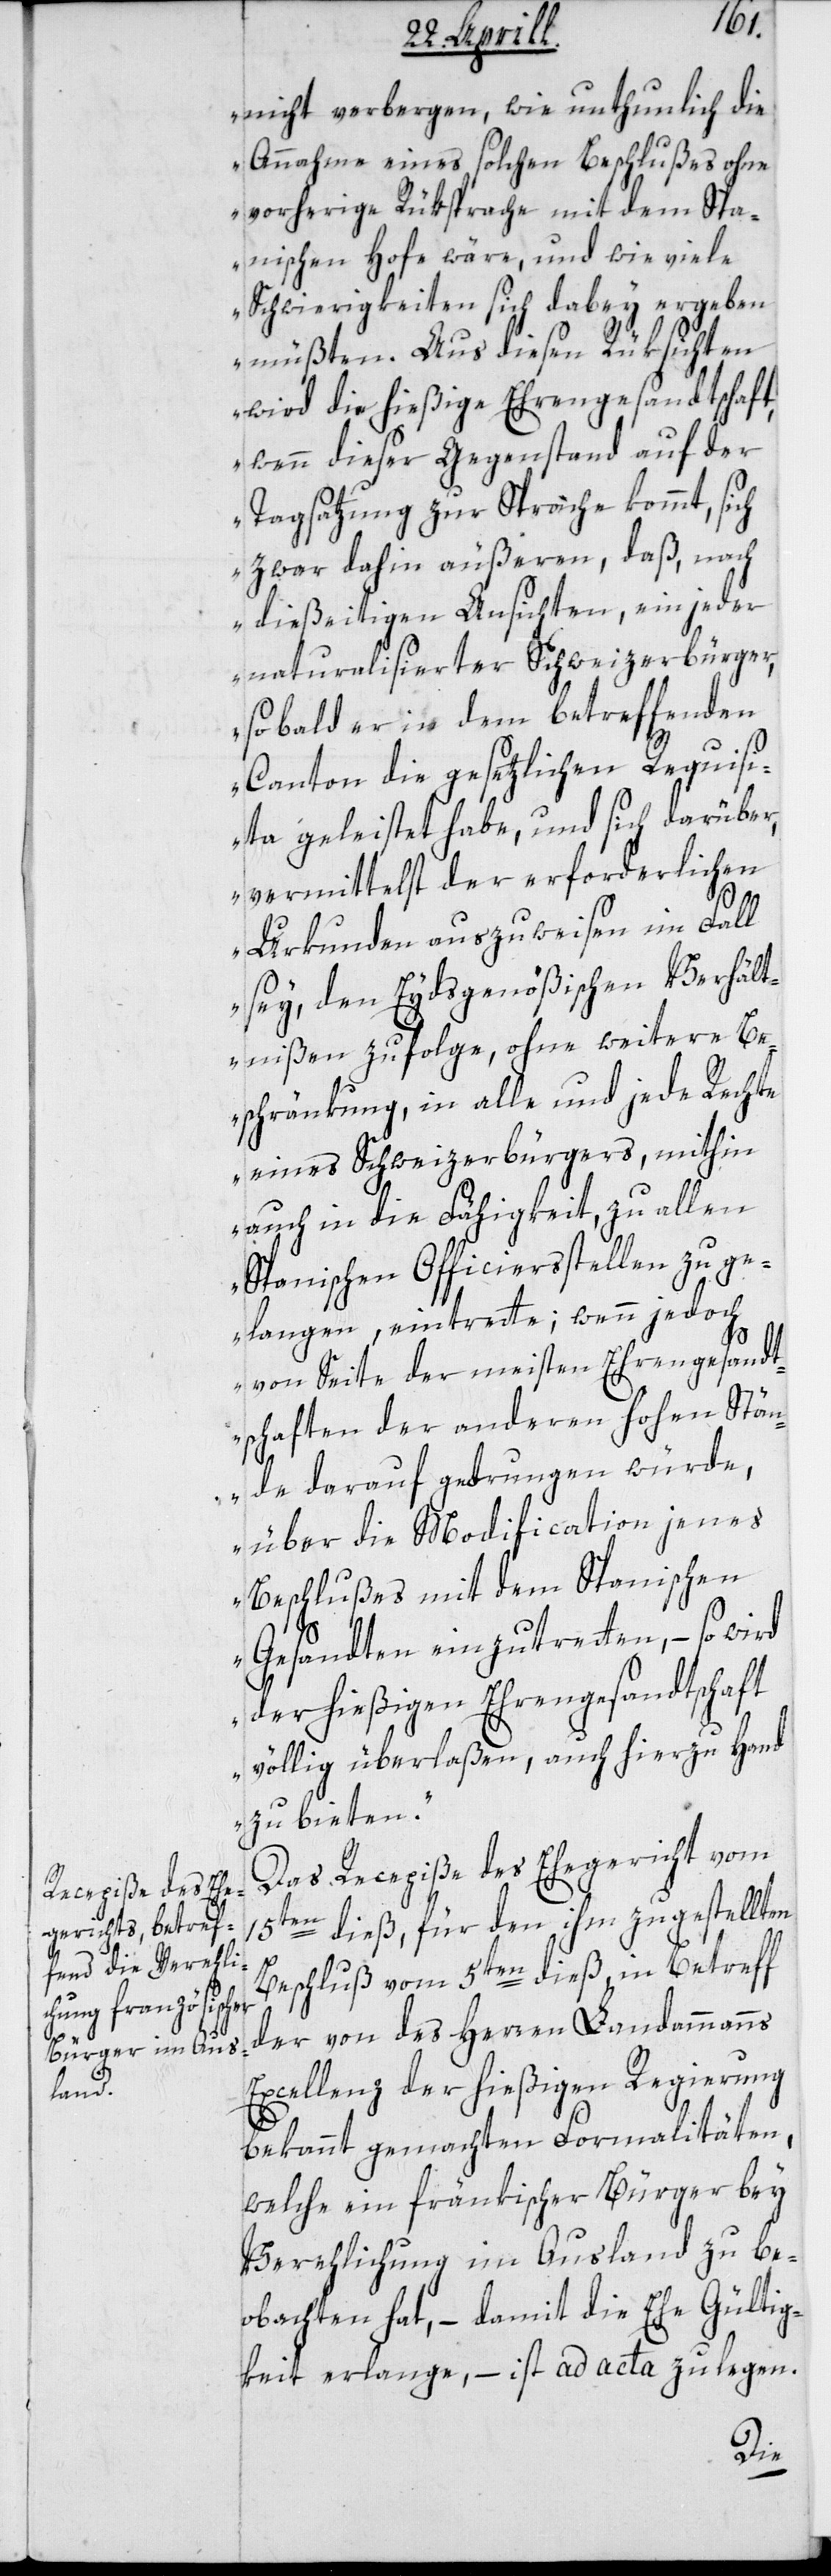
nicht verbergen, wie unthunlich die
Annahme eines solchen Beschlußes ohne
vorherige Rüksprache mit dem Spa¬
nischen Hofe wäre, und wie viele
Schwierigkeiten sich dabey ergeben
müßten. Aus diesen Rüksichten
wird die hießige Ehrengesandtschaft,
wenn dieser Gegenstand auf der
Tagsatzung zur Sprache kommt, sich
zwar dahin äußeren, daß nach
dießeitigen Ansichten, ein jeder
naturalisierter Schweizerbürger,
sobald er in dem betreffenden
Canton die gesetzlichen Requisi¬
ta geleistet habe, und sich darüber,
vermittelst der erforderlichen
Urkunden auszuweisen im Fall
sey, den Eydsgenößischen Verhält¬
nißen zufolge, ohne weitere Be¬
schränkung, in alle und jede Rechte
eines Schweizerbürgers, mithin
auch in die Fähigkeit, zu allen
Spanischen Officiersstellen zu ge¬
langen, eintrette; wenn jedoch
von Seite der meisten Ehrengesandt¬
schaften der anderen hohen Stän¬
de darauf gedrungen würde,
über die Modification jenes
Beschlußes mit dem Spanischen
Gesandten einzutretten, – so wird
der hießigen Ehrengesandtschaft
völlig überlaßen, auch hierzu Hand
zu bieten“.
Das Recepiße des Ehegericht vom
15ten dieß, für den ihm zugestellten
Beschluß vom 5ten dieß, in Betreff
der von des Herren Landammanns
Excellenz der hießigen Regierung
bekannt gemachten Formalitäten,
welche ein fränkischer Bürger bey
Verehelichung im Ausland zu be¬
obachten hat, – damit die Ehe Gültig¬
keit erlange, – ist ad acta zu legen.